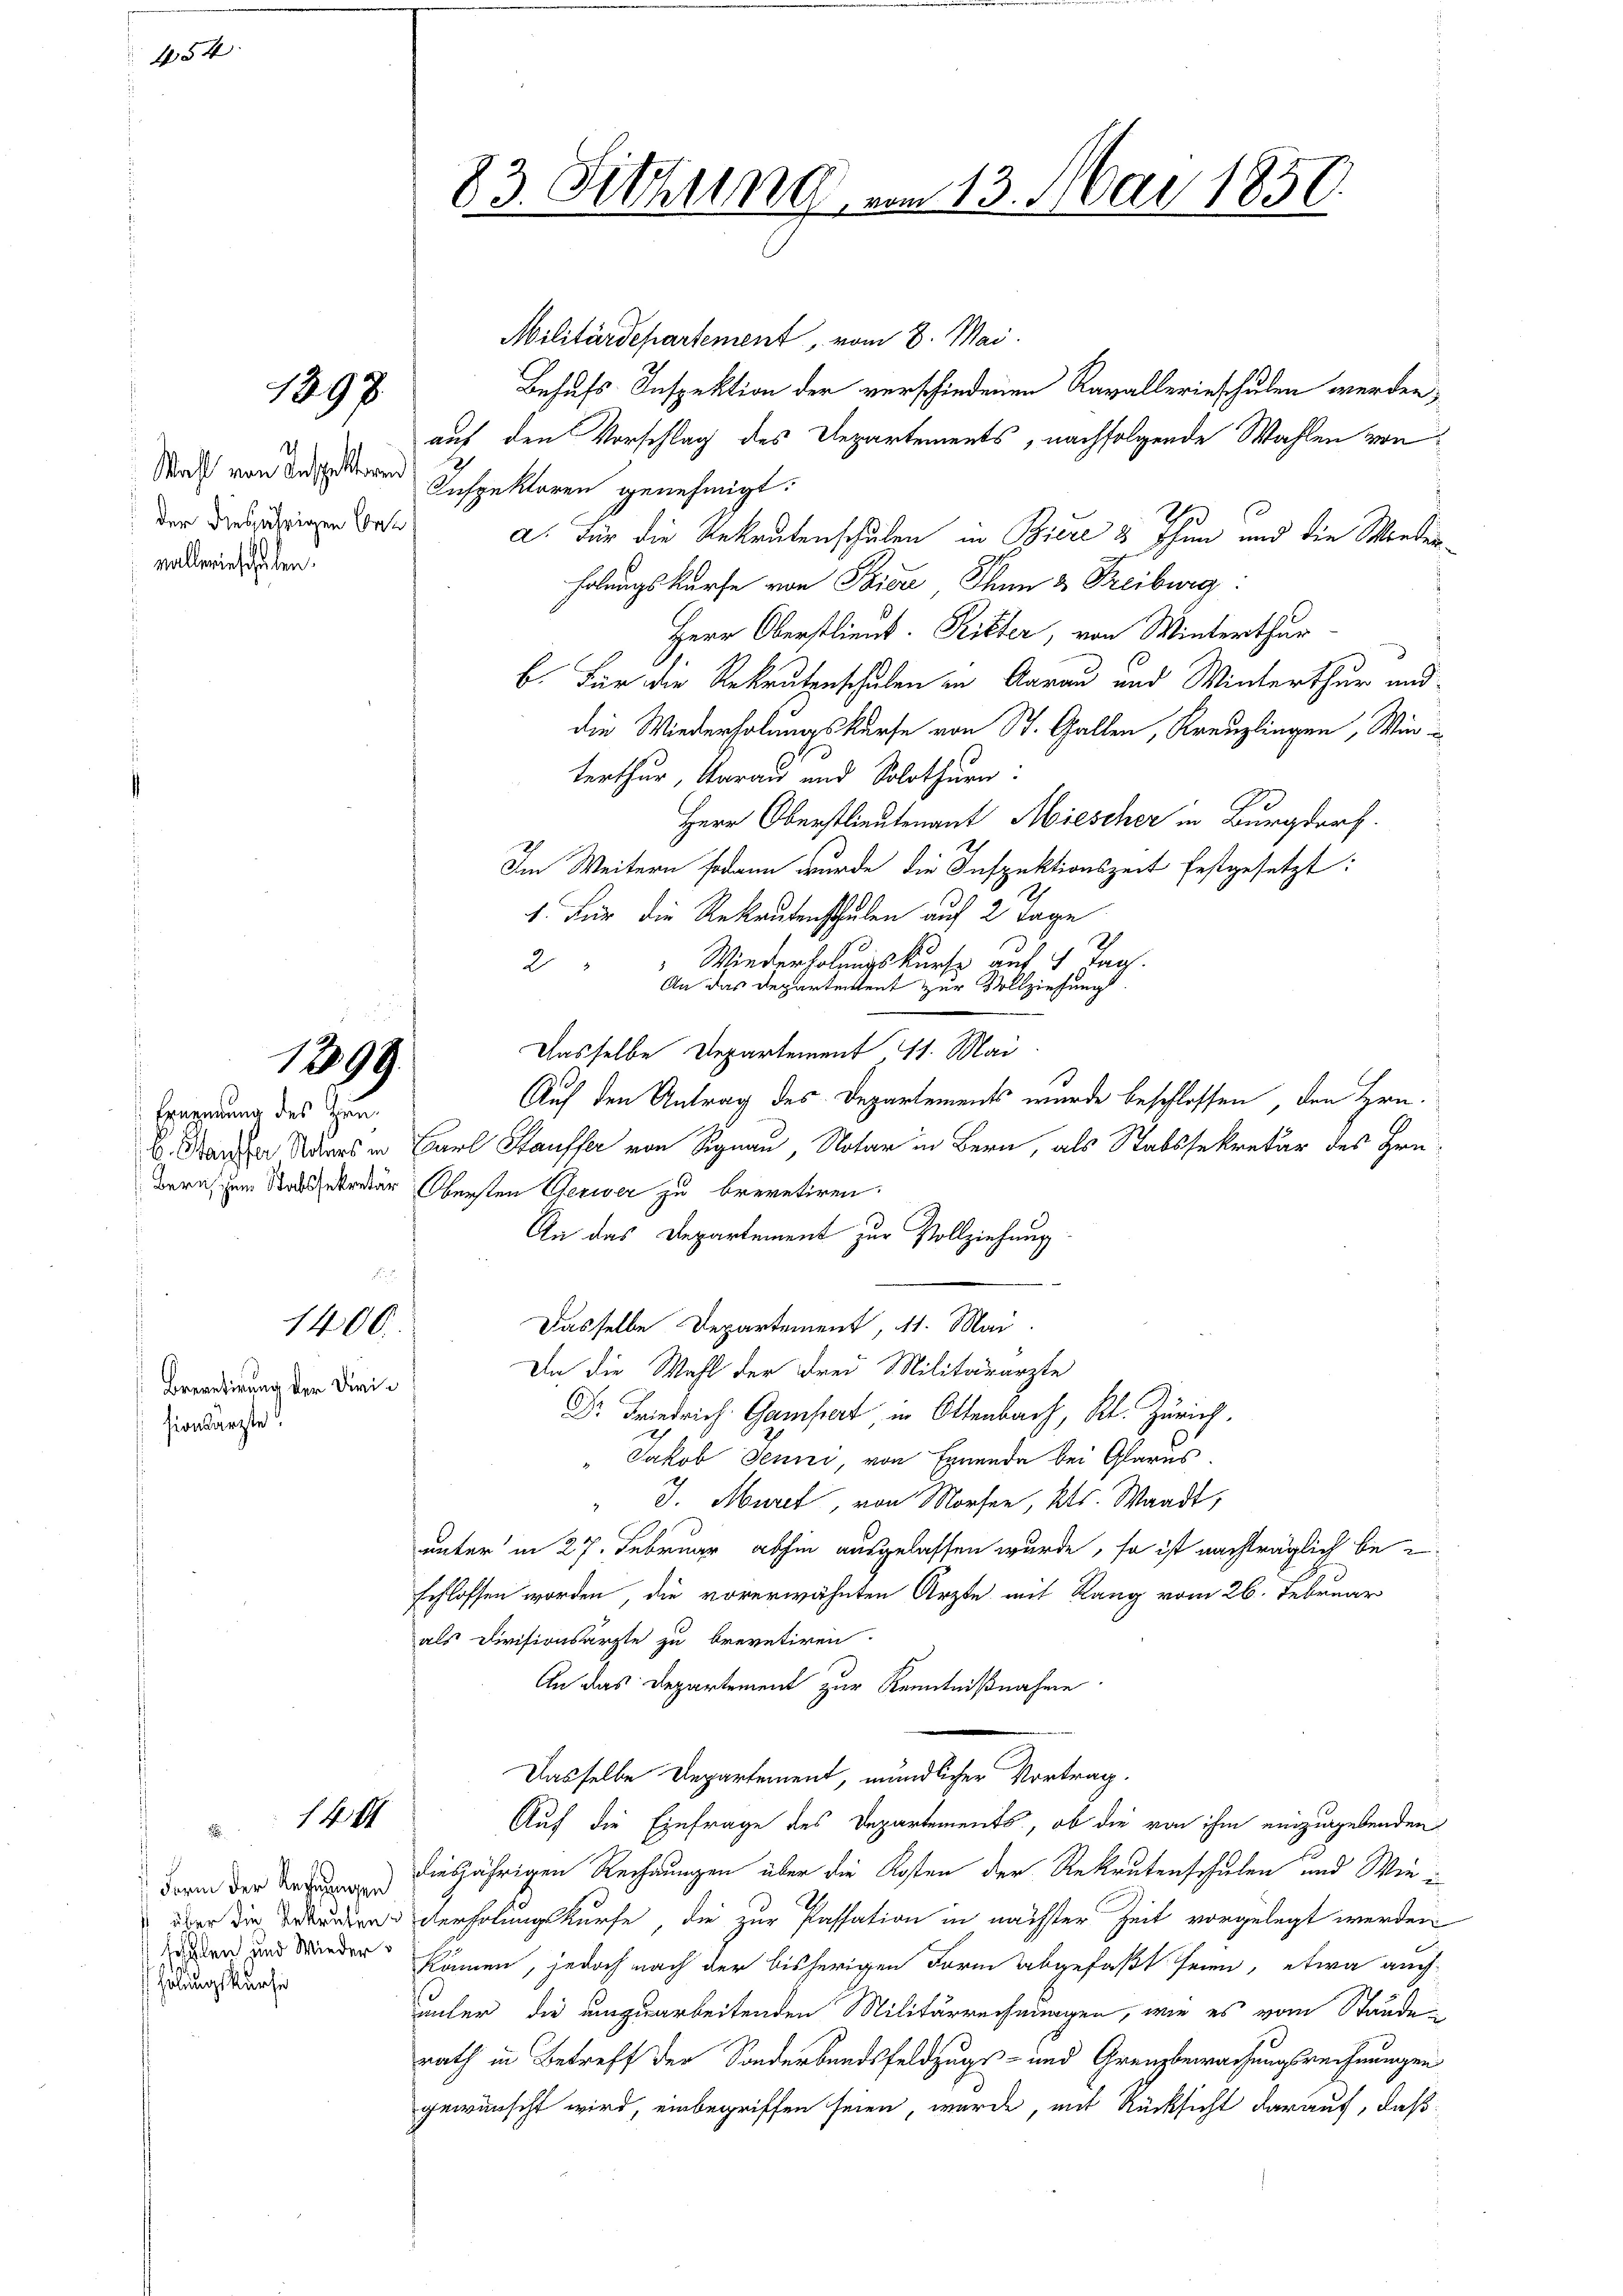
1400.
Brevetirung der Dirisionsärzte.

1893.

1398.

1404

Wahl von Inspektorin
der diesjährigen Bet
valleinschehen.

earnung des Zun¬

e
 Form der Rechnungen
fohlen und Wieder
holungskurse

Militärdepartement, vom 8. Mai.
Behufs Inspektion der verschiedenen Ravallerieschulen werden,
auf den Vorschlag des Departements, nachfolgende Wahlen von
Inspektoren genehmigt:
a. Für die Rekrutenschulen in Biere 2 Thun und die Morderholungskurse von Thier Thun 2 Freiburg.
Herr Oberstlieut. Ritter, von Winterthur
b. Für die Rekrutenschulen in Aarau und Winterthur and
die Wiederholungskurse von St. Gallen, Kreuzlingen, Winterthur, darau und Solothurn:
Herr Oberstlieutenant Miescher in Burgdorf.
Im Weitern sodann wurde die Inspektionszeit festgesetzt:
1. Für die Rekrutenschulen auf 2 Tage
2
2 " " Wiederholungskurse auf 7 Tag.
An das Departentent zur Vollziehung
Dasselbe Departement, 11. Mai
Auf den Antrag des Departements wurde beschlossen, den Hrn.
B. Nach Auers in Carl Hausser von Signau, Notar in Bern, als Stabssekretär des Hrn.
Bern zum Sekreter Obersten Gerwer zu brevetiren.
An das Departement zur Vollziehung
e
Dasselbe Departement, 11. Mai
Da die Wahl der Frei Militärarzte
Dr. Friedrich. Gampert in Ottenbach, Kt. Zürich.
Jakob Jenni, von Ernende bei Glarus.
" J. Muret, von Morfen, Kts. Waadt,
unter in 27. Februar abhin ausgelassen wurde, so ist nachträglich be-
schlossen worden, die vorerwähnten Ärzte mit Rang vom 26. Februar
als Divisionsarzte zu brevetiren.
An das Departement zur Kenntnißnahme
Dasselbe Departement, mündlicher Vortrag.
Auf die Einfrage des Departements, ob die von ihm einzugebenden
diesjährigen Rechnungen über die Kosten der Rekrutenschulen und Wieüber die Brandern verholungskurfe, die zur Passation in nächster Zeit vorgelegt werden
kämen, jedoch nach der bisherigen Form abgefaßt seien, etwa auch
unter die umzuarbeitenden Militärrechnungen, wie es vom Stande
rath in Betreff der Sonderbandsfeldzugs- und Grenzbewachungsrechnungen
gewünscht wird, einbegriffen seien, wurde, mit Rücksicht darauf, daß

83. Sitzung vom 13. Mai 1850.